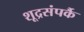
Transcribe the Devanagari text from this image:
शूद्रसंपर्कै